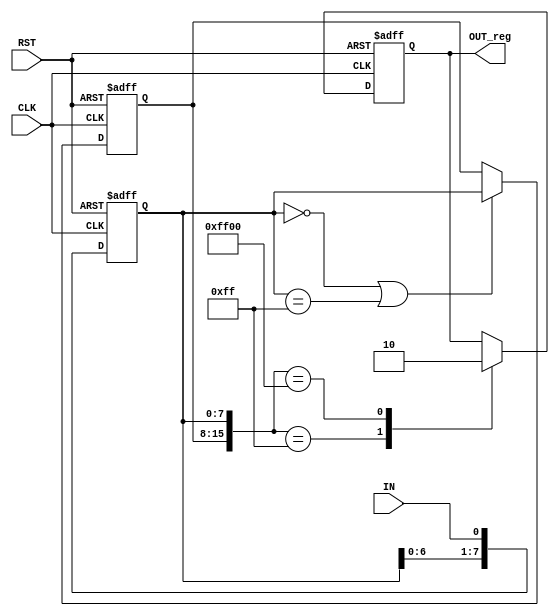
`timescale 1ns / 1ps
//////////////////////////////////////////////////////////////////////////////////
// Company: 
// Engineer: 
// 
// Design Name: 
// Module Name:    Debouncers 
// Project Name: 
// Target Devices: 
// Tool versions: 
// Description: 
//
// Dependencies: 
//
// Revision: 
// Revision 0.01 - File Created
// Additional Comments: 
//
//////////////////////////////////////////////////////////////////////////////////
module Debouncers(IN,CLK,RST,OUT_reg);

input IN,CLK,RST;
reg [7:0] IN_reg_in;
output reg OUT_reg;
reg [7:0] IN_reg_ant;
always@(posedge CLK, posedge RST)
begin
	if(RST)
	begin
		IN_reg_in<=8'h00;
		OUT_reg<=1'b0;
		IN_reg_ant<=8'h00;
	end
	else
	begin
		IN_reg_in<={IN_reg_in[6:0],IN};
		if((IN_reg_in==8'h00)||(IN_reg_in==8'hff))
		begin
			IN_reg_ant<=IN_reg_in;
		end
		else
		begin
			IN_reg_ant<=IN_reg_ant;
		end
		case({IN_reg_ant,IN_reg_in})
			16'h00ff:OUT_reg<=1'b1;
			16'hff00:OUT_reg<=1'b0;
			default
			begin
				OUT_reg<=OUT_reg;
			end
		endcase
	end
end
   
endmodule